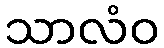
သာလံဝ